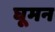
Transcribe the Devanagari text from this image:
घूमन